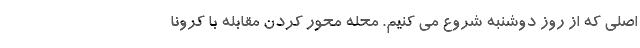
اصلی که از روز دوشنبه شروع می کنیم. محله محور کردن مقابله با کرونا